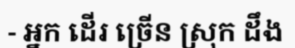
- អ្នក ដើរ ច្រើន ស្រុក ដឹង